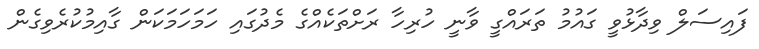
ފައިސަލް ވިދާޅުވީ ގައުމު ތަރައްގީ ވާނީ ހުރިހާ ރަށްތަކެއްގެ މެދުގައި ހަމަހަމަކަން ގާއިމުކުރެވިގެން